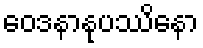
ဝေဒနာနုပဿိနော